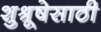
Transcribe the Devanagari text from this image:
शुश्रूषेसाठी